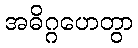
အဓိဂ္ဂဟေတွာ